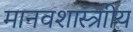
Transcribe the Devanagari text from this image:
मानवशास्त्राीय